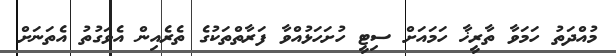
މުއްދަތު ހަމަވާ ތާރީޚާ ހަމައަށް ސިޓީ ހުށަހަޅުއްވާ ފަރާތްތަކުގެ ތެރެއިން އެވަގުތު އެތަނަށް